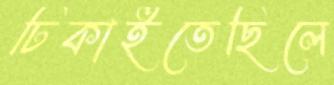
ঢিকাইতেছিলে